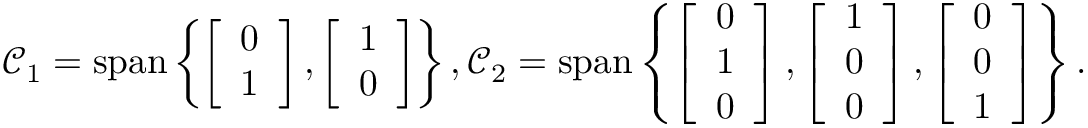
\mathcal { C } _ { 1 } = \operatorname { s p a n } \left\{ \left[ \begin{array} { l } { 0 } \\ { 1 } \end{array} \right] , \left[ \begin{array} { l } { 1 } \\ { 0 } \end{array} \right] \right\} , \mathcal { C } _ { 2 } = \operatorname { s p a n } \left\{ \left[ \begin{array} { l } { 0 } \\ { 1 } \\ { 0 } \end{array} \right] , \left[ \begin{array} { l } { 1 } \\ { 0 } \\ { 0 } \end{array} \right] , \left[ \begin{array} { l } { 0 } \\ { 0 } \\ { 1 } \end{array} \right] \right\} .